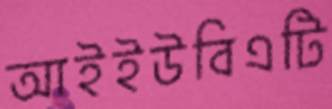
আইইউবিএটি